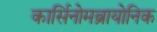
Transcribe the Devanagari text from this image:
कार्सिनोमब्रायोनिक